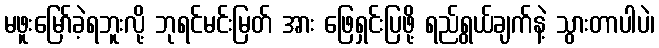
မဖူးမြော်ခဲ့ရဘူးလို့ ဘုရင်မင်းမြတ် အား ဖြေရှင်းပြဖို့ ရည်ရွယ်ချက်နဲ့ သွားတာပါပဲ၊